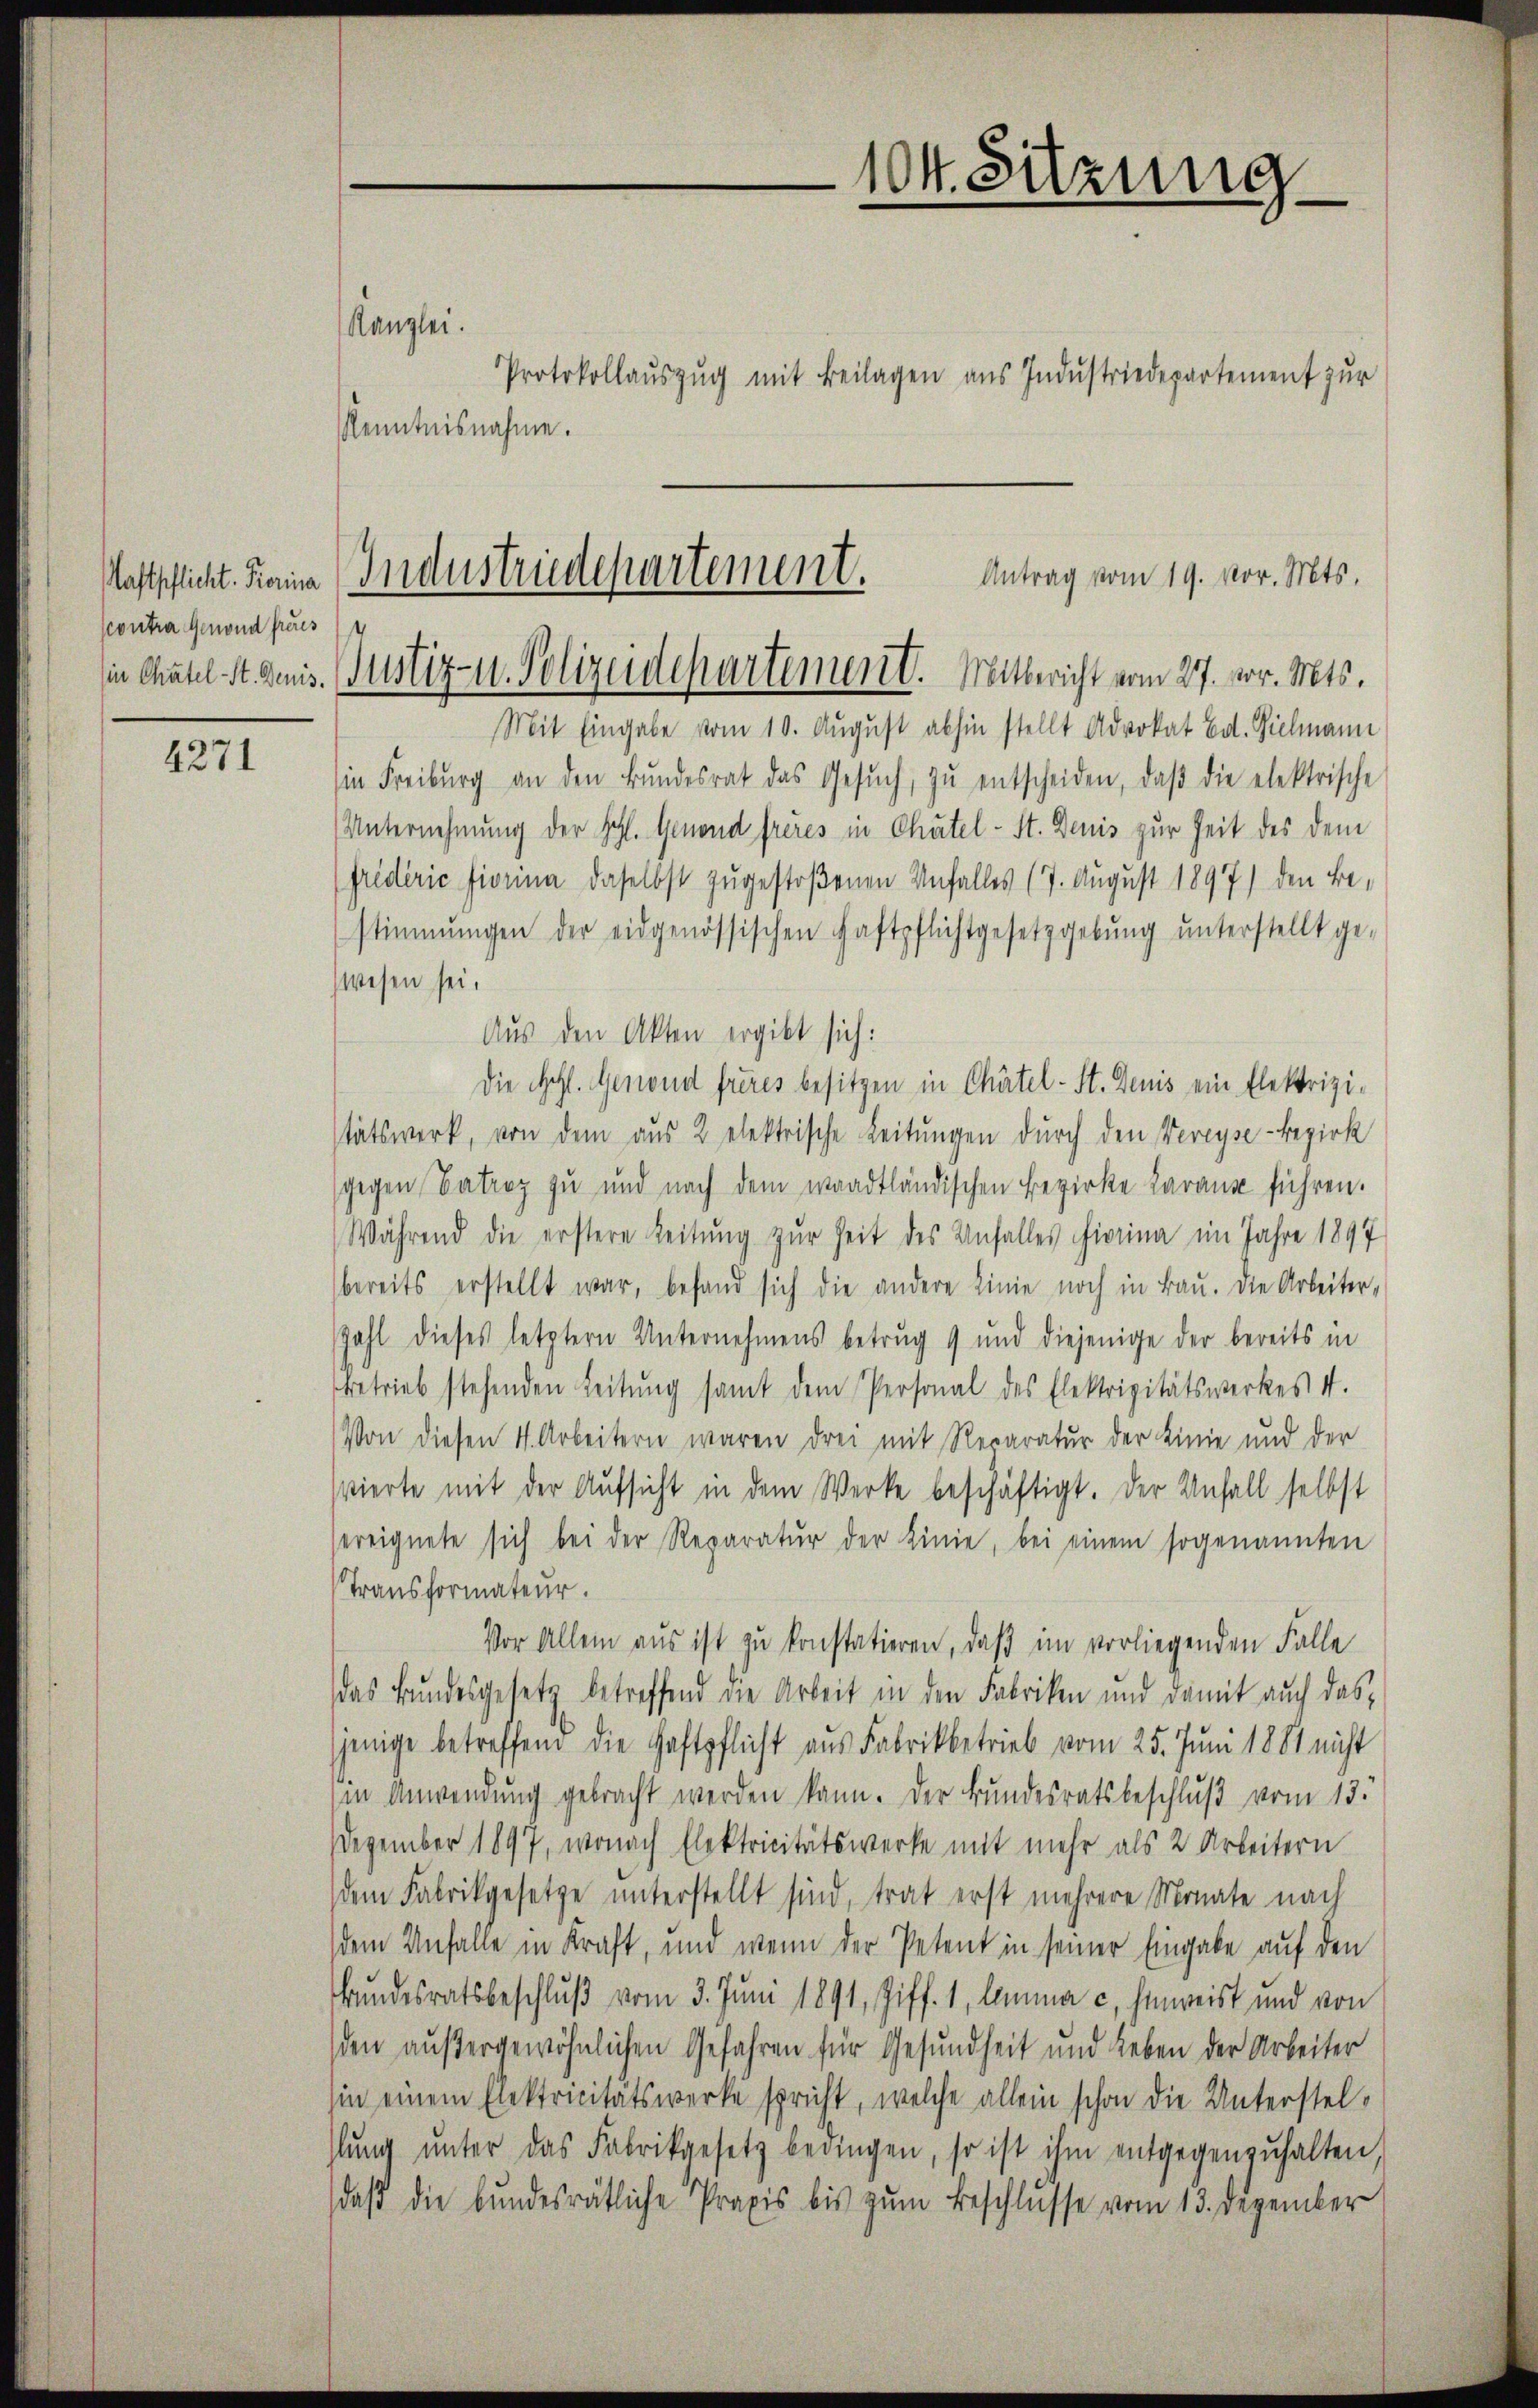
aftpflicht. Korina
contra Genond freus
sin Chätel-St. Denis.

4271

Kanzlei.
Protokollaŭszŭg mit Beilagen ans Indŭstriedepartement zur
Kenntnisnahme.
Mit Eingabe vom 10. August abhin stellt Advokat Cat. Vielmann
in Freiburg an den Bŭndesrat das Gesŭch, zŭ entscheiden, daβ die elektrische
Unternehmung der Hohl. Genond freies in Chätel- St. Denis zur Zeit des dem
(friderić Fiorina daselbst zugestoßenen Unfalles (7. August 1897) den Be-
stimmungen der eidgenössischen Haftpflichtgesetzgebŭng ŭnterstellt ge-
wesen sei,
Aus den Akten ergibt sich:
Die Mehl. Gesind frères besitzen in Chätel-St. Denis ein Elektrizistätswerk, von dem aus 2 elektrische Leitungen durch den Veveyse-Bezirk
gegen Patroz zu und nach dem waadtländischen Bezirke daraus führen.
Während die erstere Leitung zur Zeit des Unfalles hierina im Jahre 1897
bereits erstellt war, befand sich die andere Linie noch in Bau. Die Arbeiter-
Zahl dieses letztern Unternehmens betrug 9 und diejenige der bereits in
betrieb stehenden Leitŭng samt dem Personal des Elektrizitätswerkes 4.
Von diesen 4. Arbeitern waren drei mit Reparatur der Linie und der
svierte mit der Aufsicht in dem Werke beschäftigt. Der Unfall selbst
ereignete sich bei der Reparatŭr der Linie, bei einem sogenannten
Transformateur.
Vor Allem aus ist zu konstatieren, daß im vorliegenden Falle
das Bŭndesgesetz betreffend die Arbeit in den Fabriken und damit auch das
jenige betreffend die Haftpflicht aus Fabrikbetrieb vom 25. Juni 1881 nicht
in Anwendung gebracht werden kann. Der Bundesratsbeschluß vom 15.
Dezember 1897, wonach Elektricitätswerke mit mehr als 2 Arbeitern
dem Fabrikgesetze unterstellt sind, trat erst mehrere Monate nach
dem Unfalle in Kraft, und wenn der Petent in seiner Eingabe auf den
Bundesratsbeschluß vom 3. Juni 1891, Ziff. 1, lemma c. hinweist und von
den außergewöhnlichen Gefahren für Gesundheit und Leben der Arbeiter
in einem Elektricitätswerke spricht, welche allein schon die Unterstellŭng ŭnter das Fabrikgesetz bedingen, so ist ihm entgegenzŭhalten,
daβ die bundesrätliche Praxis bis zŭm Beschlusse vom 13. Dezember

104. Sitzung

Industriedepartement. Antrag vom 19. vor. Mts.
Justiz- u. Polizeidepartement. Mitbericht vom 27. vor. Mts.